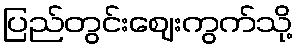
ပြည်တွင်းဈေးကွက်သို့